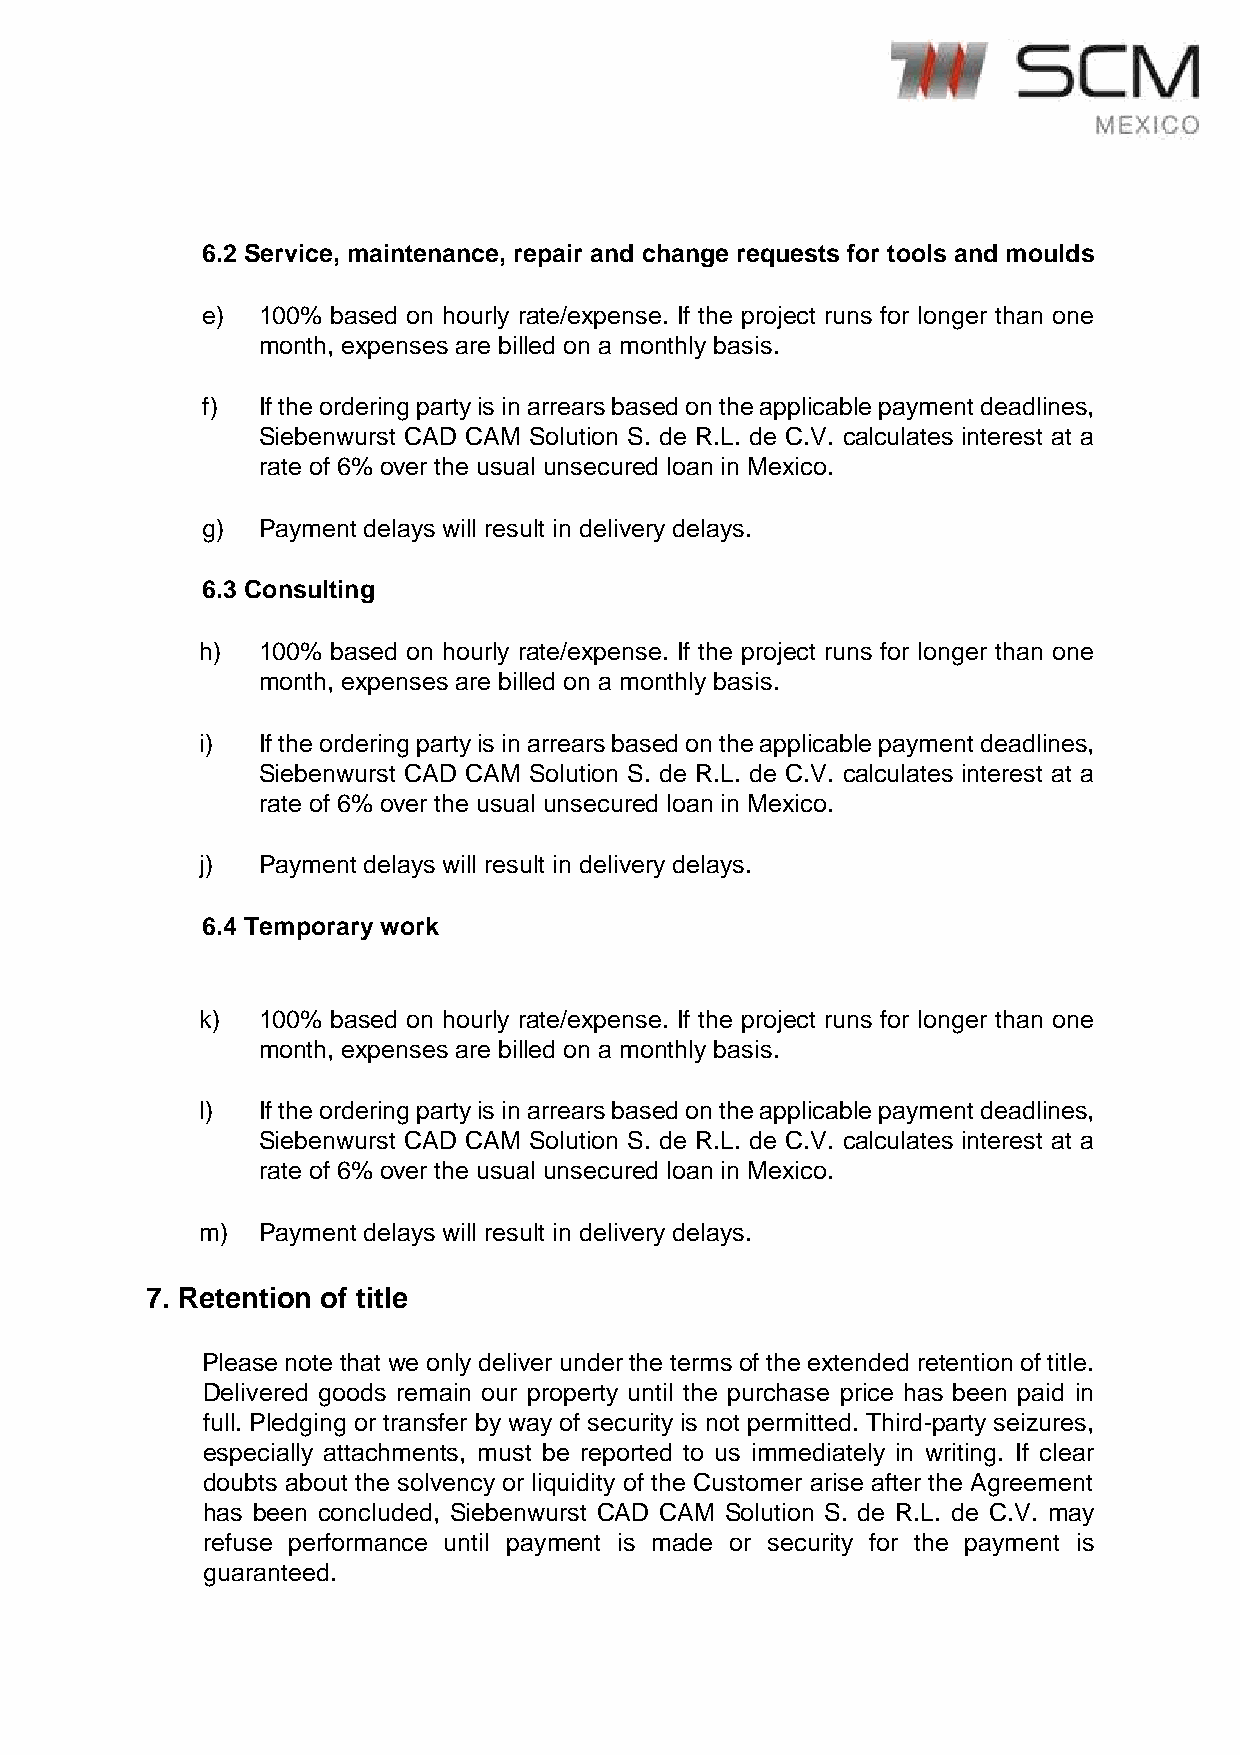
6.2 Service, maintenance, repair and change requests for tools and moulds
 e)  100% based on hourly rate/expense. If the project runs for longer than one
 month, expenses are billed on a monthly basis.
 f)  If the ordering party is in arrears based on the applicable payment deadlines,
 Siebenwurst CAD CAM Solution S. de R.L. de C.V. calculates interest at a
 rate of 6% over the usual unsecured loan in Mexico.
 g)  Payment delays will result in delivery delays.
 6.3 Consulting
 h)  100% based on hourly rate/expense. If the project runs for longer than one
 month, expenses are billed on a monthly basis.
 i)  If the ordering party is in arrears based on the applicable payment deadlines,
 Siebenwurst CAD CAM Solution S. de R.L. de C.V. calculates interest at a
 rate of 6% over the usual unsecured loan in Mexico.
 j)  Payment delays will result in delivery delays.
 6.4 Temporary work
 k)  100% based on hourly rate/expense. If the project runs for longer than one
 month, expenses are billed on a monthly basis.
 l)  If the ordering party is in arrears based on the applicable payment deadlines,
 Siebenwurst CAD CAM Solution S. de R.L. de C.V. calculates interest at a
 rate of 6% over the usual unsecured loan in Mexico.
 m)  Payment delays will result in delivery delays.
 7. Retention of title
 Please note that we only deliver under the terms of the extended retention of title.
 Delivered goods remain our property until the purchase price has been paid in
 full. Pledging or transfer by way of security is not permitted. Third-party seizures,
 especially attachments, must be reported to us immediately in writing. If clear
 doubts about the solvency or liquidity of the Customer arise after the Agreement
 has been concluded, Siebenwurst CAD CAM Solution S. de R.L. de C.V. may
 refuse performance until payment is made or security for the payment is
 guaranteed.